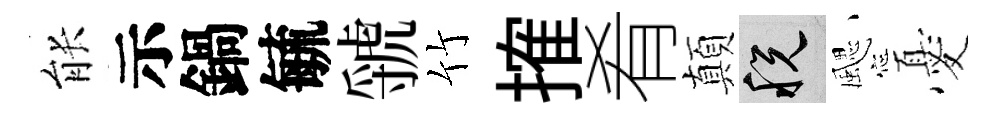
䏻示鍋毓虢竹搉肴顛税颸憂